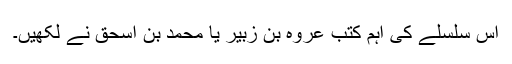
اس سلسلے کی اہم کتب عروہ بن زبیر یا محمد بن اسحق نے لکھیں۔